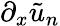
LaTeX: \partial_{x}\tilde{u}_{n}